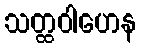
သတ္ထဝါဟေန